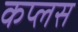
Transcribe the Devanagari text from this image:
कप्लस